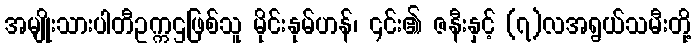
အမျိုးသားပါတီဥက္ကဌဖြစ်သူ မိုင်းနုမ်ဟန်၊ ၎င်း၏ ဇနီးနှင့် (၇)လအရွယ်သမီးတို့